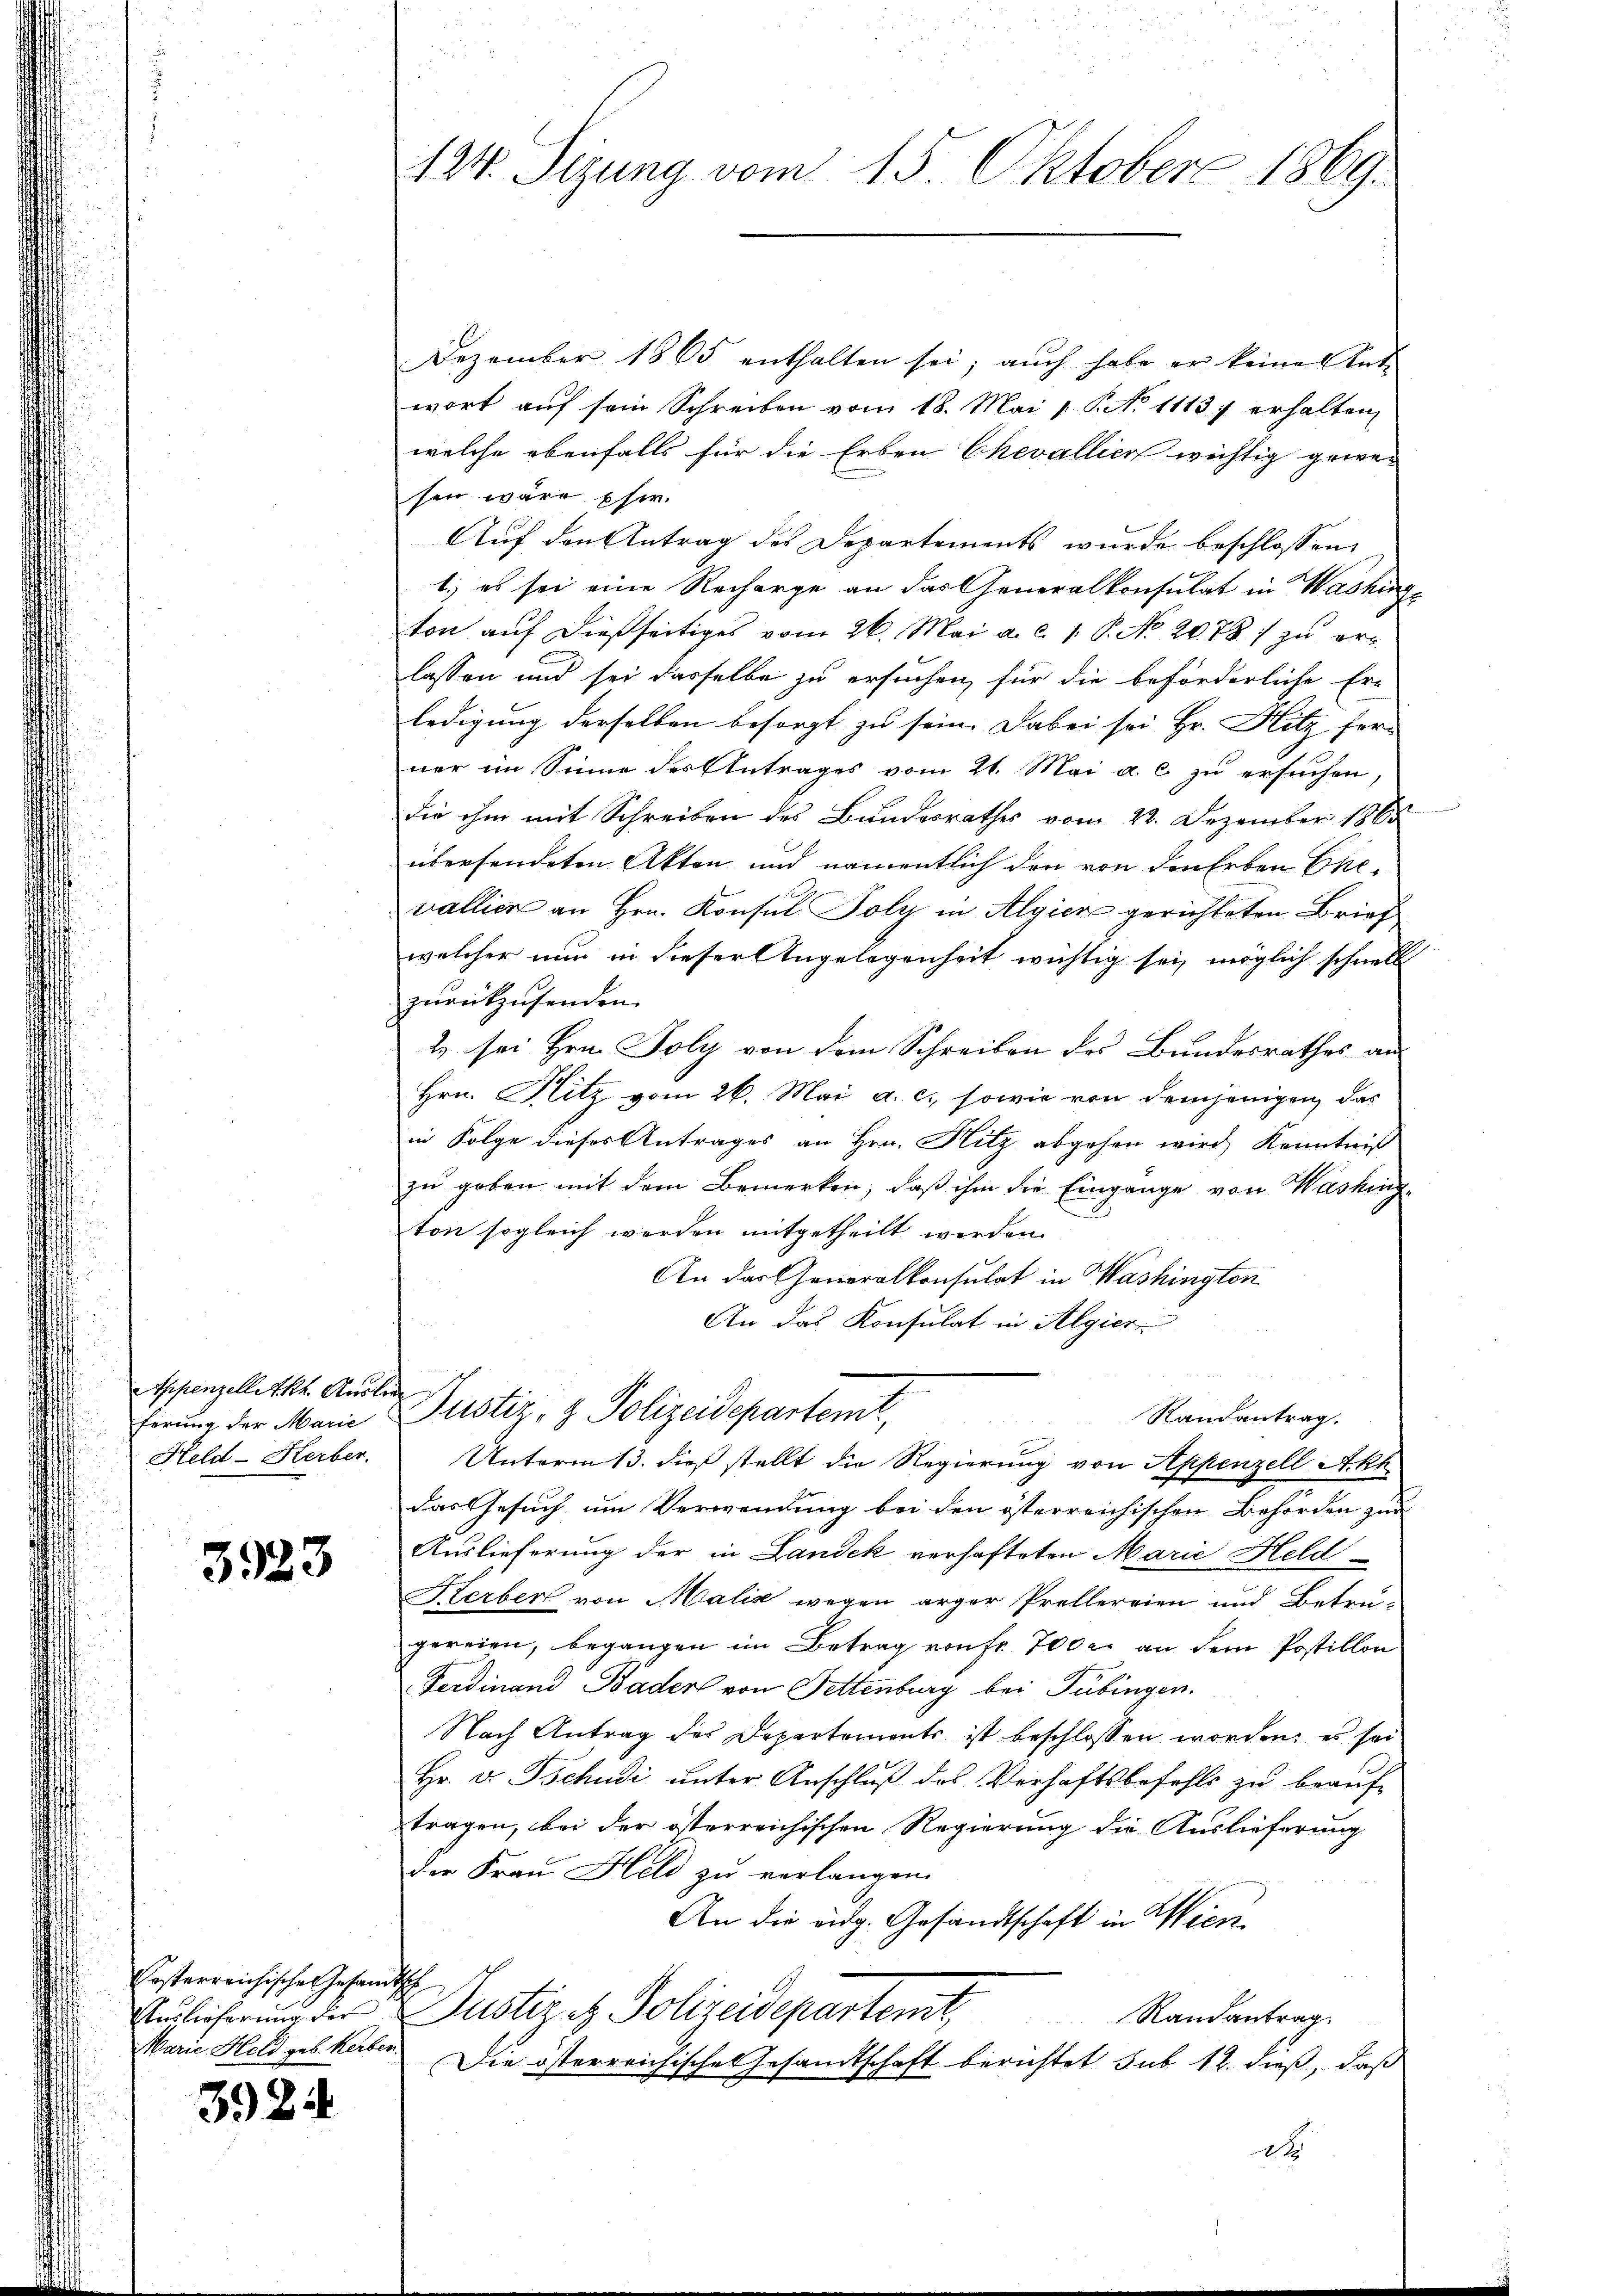
henzellekt Auslie
ung der Marie

3923

kosterreichisches Gesandtsch
Warie Held geb. Kerben.

3924

124. Sizung vom 15. Oktober 1869.

Dezember 1865 enthalten sei; aŭch habe er keine Ent-
wort auf sein Schreiben vom 18. Mai v. P. No 11137 erhalten
welche ebenfalls für die Erben Chevallier wichtig gewesen wäre Ehe.
Auf den Antrag des Departements wurde beschlossen
1.) es sei eine Recharge an das Generalkonsulat in Washinge
ton auf dießseitiges vom 26. Mai a. c. 1. P. No. 2678 zu erlassen und sei dasselbe zu ersuchen, für die beförderliche Er-
ledigung derselben besorgt zu sein. Dabei sei Hr. Hitz fer-
ner im Sinne des Antrages vom 21. Mai a. c. zu ersuchen,
die ihm mit Schreiben des Bundesrathes vom 22. Dezember 1864
übersendeten Akten und namentlich den von den Erben Ehewallier an Hrn. Konsul Poly in Algien gerichteten Brief
welcher nur in dieser Angelegenheit wichtig sei, möglich schnell
zurückzusenden.
2 sei Hrn. Poly von dem Schreiben des Bundesrathes an
Hrn. Blitz vom 26. Mai a. c., sowie von demjenigen, das
in Folge dieses Antrages an Hrn. Hitz abgehen wird, Kenntniß
zu geben mit dem Bemerken, daß ihm die Eingange von Washing,
ton sogleich werden mitgetheilt werden.
An das Generalkonsulat in Washington
An das Konsulat in Algier
Justiz- & Polizeidepartemt,
Randantrag.
Feld-Herber. Unterm 13. dieß stellt die Regierung von Appenzell Akk
das Gesuch um Verwendung bei den österreichischen Behörden zur
Auslieferung der in Landek verhafteten Marie Held
Klerber von Malić wegen arger Prellereien und Betregereien, begangen im Betrag von fr. 700 er an dem Postillon
Ferdinand Bader von Fettenburg bei Tübingen.
Nach Antrag der Departements ist beschlossen worden; es sei
Hr. Dr. Tschudi unter Anschluß des Verhaftsbefehls zu beauftragen, bei der österreichischen Regierung die Auslieferung
der Frau Held zu verlangen.
An die eidg. Gesandtschaft in Wien
Andlicherung der Justiz et. Polizeidepartent,
Randantrag
Die österreichische Gesandtschaft berichtet sub 12. dieß, daß
x